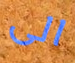
الى